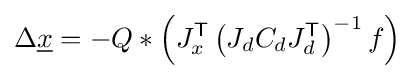
\Delta {\underline {x}}=-Q*\left(J_{x}^{\mathsf {T}}\left(J_{d}C_{d}J_{d}^{\mathsf {T}}\right)^{-1}f\right)